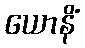
ယောနိံ